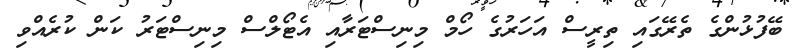
ބޭފުޅުންގެ ތެރޭގައި ތިރީސް އަހަރުގެ ހޯމް މިނިސްޓަރާއި އެޓޯލްސް މިނިސްޓަރު ކަން ކުރެއްވި